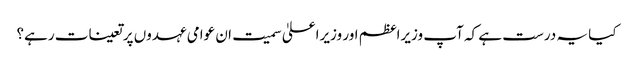
کیا یہ درست ہے کہ آپ وزیراعظم اور وزیراعلیٰ سمیت ان عوامی عہدوں پر تعینات رہے؟